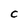
Character: C